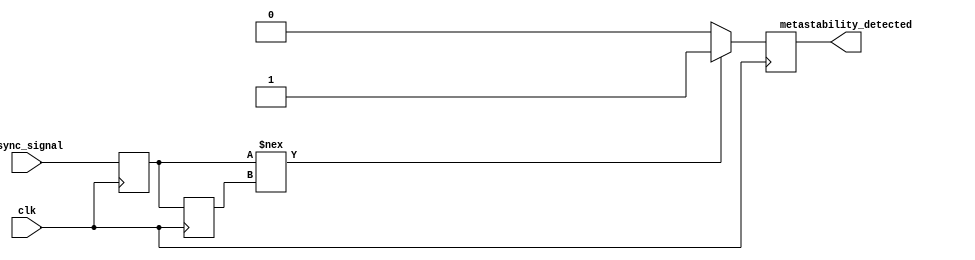
module metastability_detector (
    input wire clk,              // Clock signal
    input wire async_signal,     // Asynchronous input signal to be monitored
    output reg metastability_detected // Output indicator for metastability detection
);

    // Internal signals for latch outputs
    reg latch1_out;              // Output of the first latch
    reg latch2_out;              // Output of the second latch

    // First latch (L1)
    always @(posedge clk) begin
        latch1_out <= async_signal; // Capture async_signal on rising edge of clk
    end

    // Second latch (L2)
    always @(posedge clk) begin
        latch2_out <= latch1_out; // Capture output of L1 on the next rising edge of clk
    end

    // Metastability detection logic
    always @(posedge clk) begin
        // Detect metastability condition
        if (latch1_out !== latch2_out) begin
            metastability_detected <= 1'b1; // Metastability detected
        end else begin
            metastability_detected <= 1'b0; // No metastability
        end
    end

endmodule